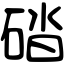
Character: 䂿